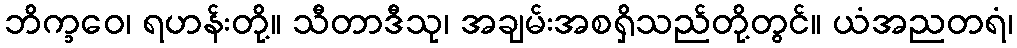
ဘိက္ခဝေ၊ ရဟန်းတို့။ သီတာဒီသု၊ အချမ်းအစရှိသည်တို့တွင်။ ယံအညတရံ၊